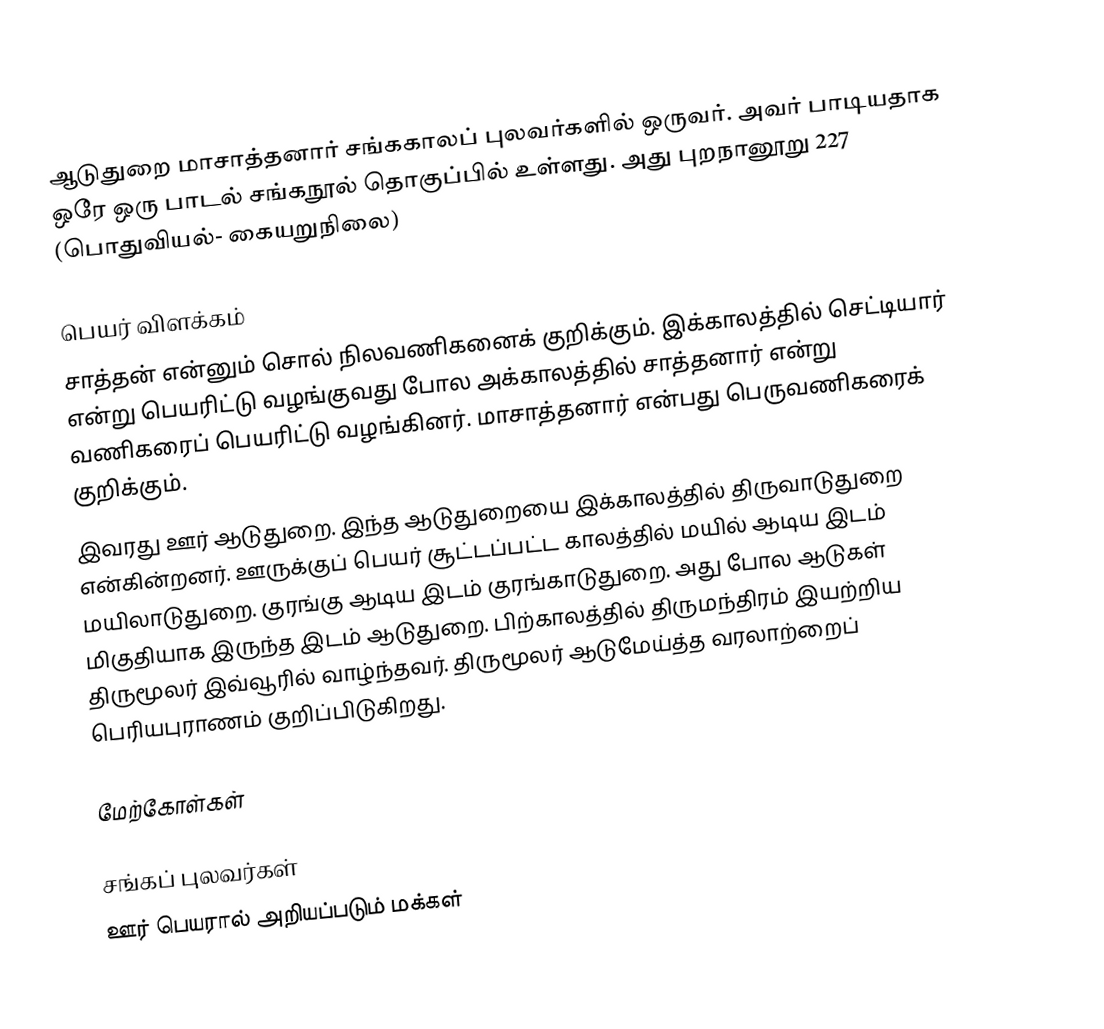
ஆடுதுறை மாசாத்தனார் சங்ககாலப் புலவர்களில் ஒருவர். அவர் பாடியதாக ஒரே ஒரு பாடல் சங்கநூல் தொகுப்பில் உள்ளது. அது புறநானூறு 227 (பொதுவியல்- கையறுநிலை)

பெயர் விளக்கம்
சாத்தன் என்னும் சொல் நிலவணிகனைக் குறிக்கும். இக்காலத்தில் செட்டியார் என்று பெயரிட்டு வழங்குவது போல அக்காலத்தில் சாத்தனார் என்று வணிகரைப் பெயரிட்டு வழங்கினர். மாசாத்தனார் என்பது பெருவணிகரைக் குறிக்கும்.
இவரது ஊர் ஆடுதுறை. இந்த ஆடுதுறையை இக்காலத்தில் திருவாடுதுறை என்கின்றனர். ஊருக்குப் பெயர் சூட்டப்பட்ட காலத்தில் மயில் ஆடிய இடம் மயிலாடுதுறை. குரங்கு ஆடிய இடம் குரங்காடுதுறை. அது போல ஆடுகள் மிகுதியாக இருந்த இடம் ஆடுதுறை. பிற்காலத்தில் திருமந்திரம் இயற்றிய திருமூலர் இவ்வூரில் வாழ்ந்தவர். திருமூலர் ஆடுமேய்த்த வரலாற்றைப் பெரியபுராணம் குறிப்பிடுகிறது.

மேற்கோள்கள்

சங்கப் புலவர்கள்
ஊர் பெயரால் அறியப்படும் மக்கள்